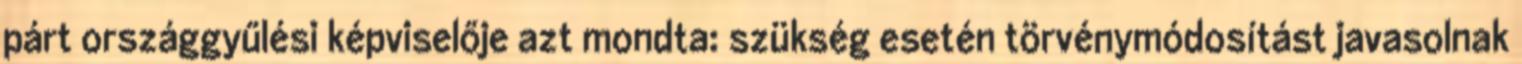
párt országgyűlési képviselője azt mondta: szükség esetén törvénymódosítást javasolnak